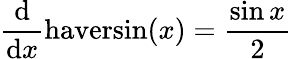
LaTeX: {\frac{\mathrm{d}}{\mathrm{d}x}}\mathrm{haversin}(x)={\frac{\sin{x}}{2}}